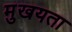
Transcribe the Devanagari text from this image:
मुखयता